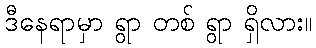
ဒီနေရာမှာ ရွာ တစ် ရွာ ရှိလား။